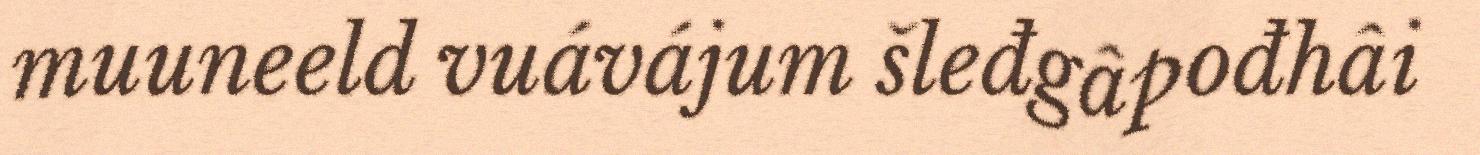
muuneeld vuávájum šleđgâpođhâi